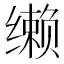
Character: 𰬼